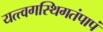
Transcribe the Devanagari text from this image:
यत्त्वगस्थिगतंपापं